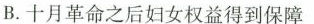
B.十月革命之后妇女权益得到保障